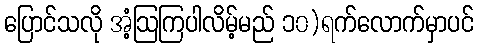
ပြောင်သလို အံ့ဩကြပါလိမ့်မည် ၁၀)ရက်လောက်မှာပင်